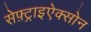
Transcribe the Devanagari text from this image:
सेफ़्ट्राइऐक्सोन